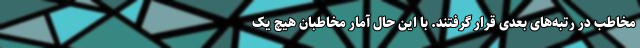
مخاطب در رتبه‌های بعدی قرار گرفتند. با این حال آمار مخاطبان هیچ یک